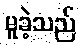
မူခဲ့သည်